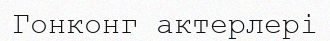
Гонконг актерлері